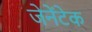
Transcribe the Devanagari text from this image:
जेनेंटेक